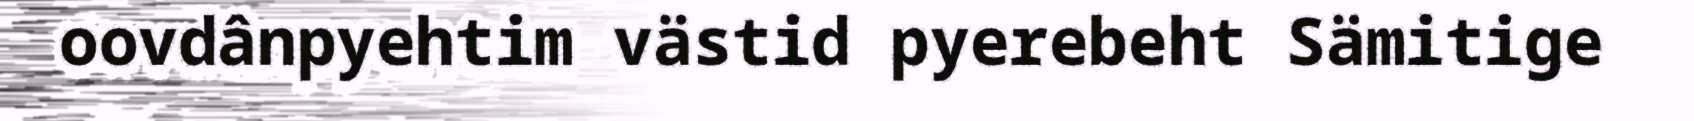
oovdânpyehtim västid pyerebeht Sämitige